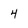
Character: 4